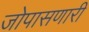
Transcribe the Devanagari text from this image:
जोपासणारी